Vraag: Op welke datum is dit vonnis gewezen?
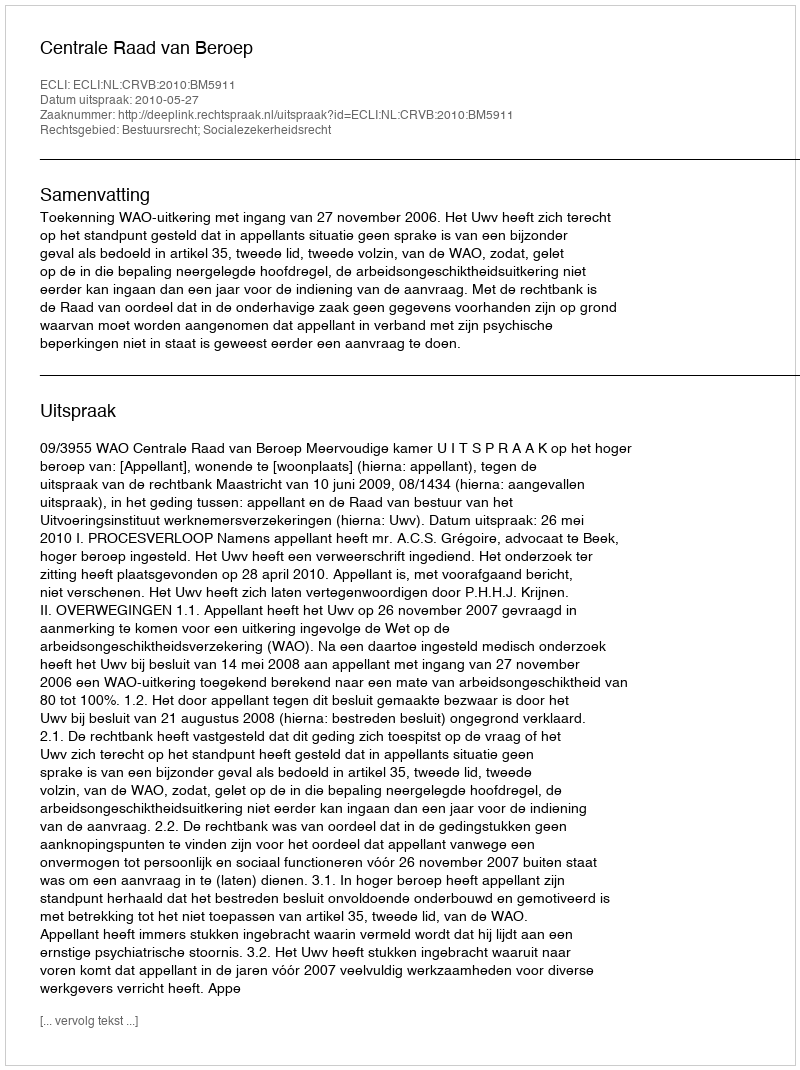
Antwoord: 2010-05-27